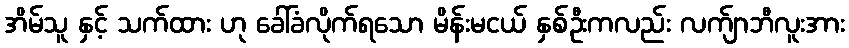
အိမ်သူ နှင့် သက်ထား ဟု ခေါ်ခံလိုက်ရသော မိန်းမငယ် နှစ်ဦးကလည်း လက်ျာဘီလူးအား